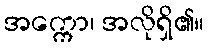
အက္ကော၊ အလိုရှိ၏။